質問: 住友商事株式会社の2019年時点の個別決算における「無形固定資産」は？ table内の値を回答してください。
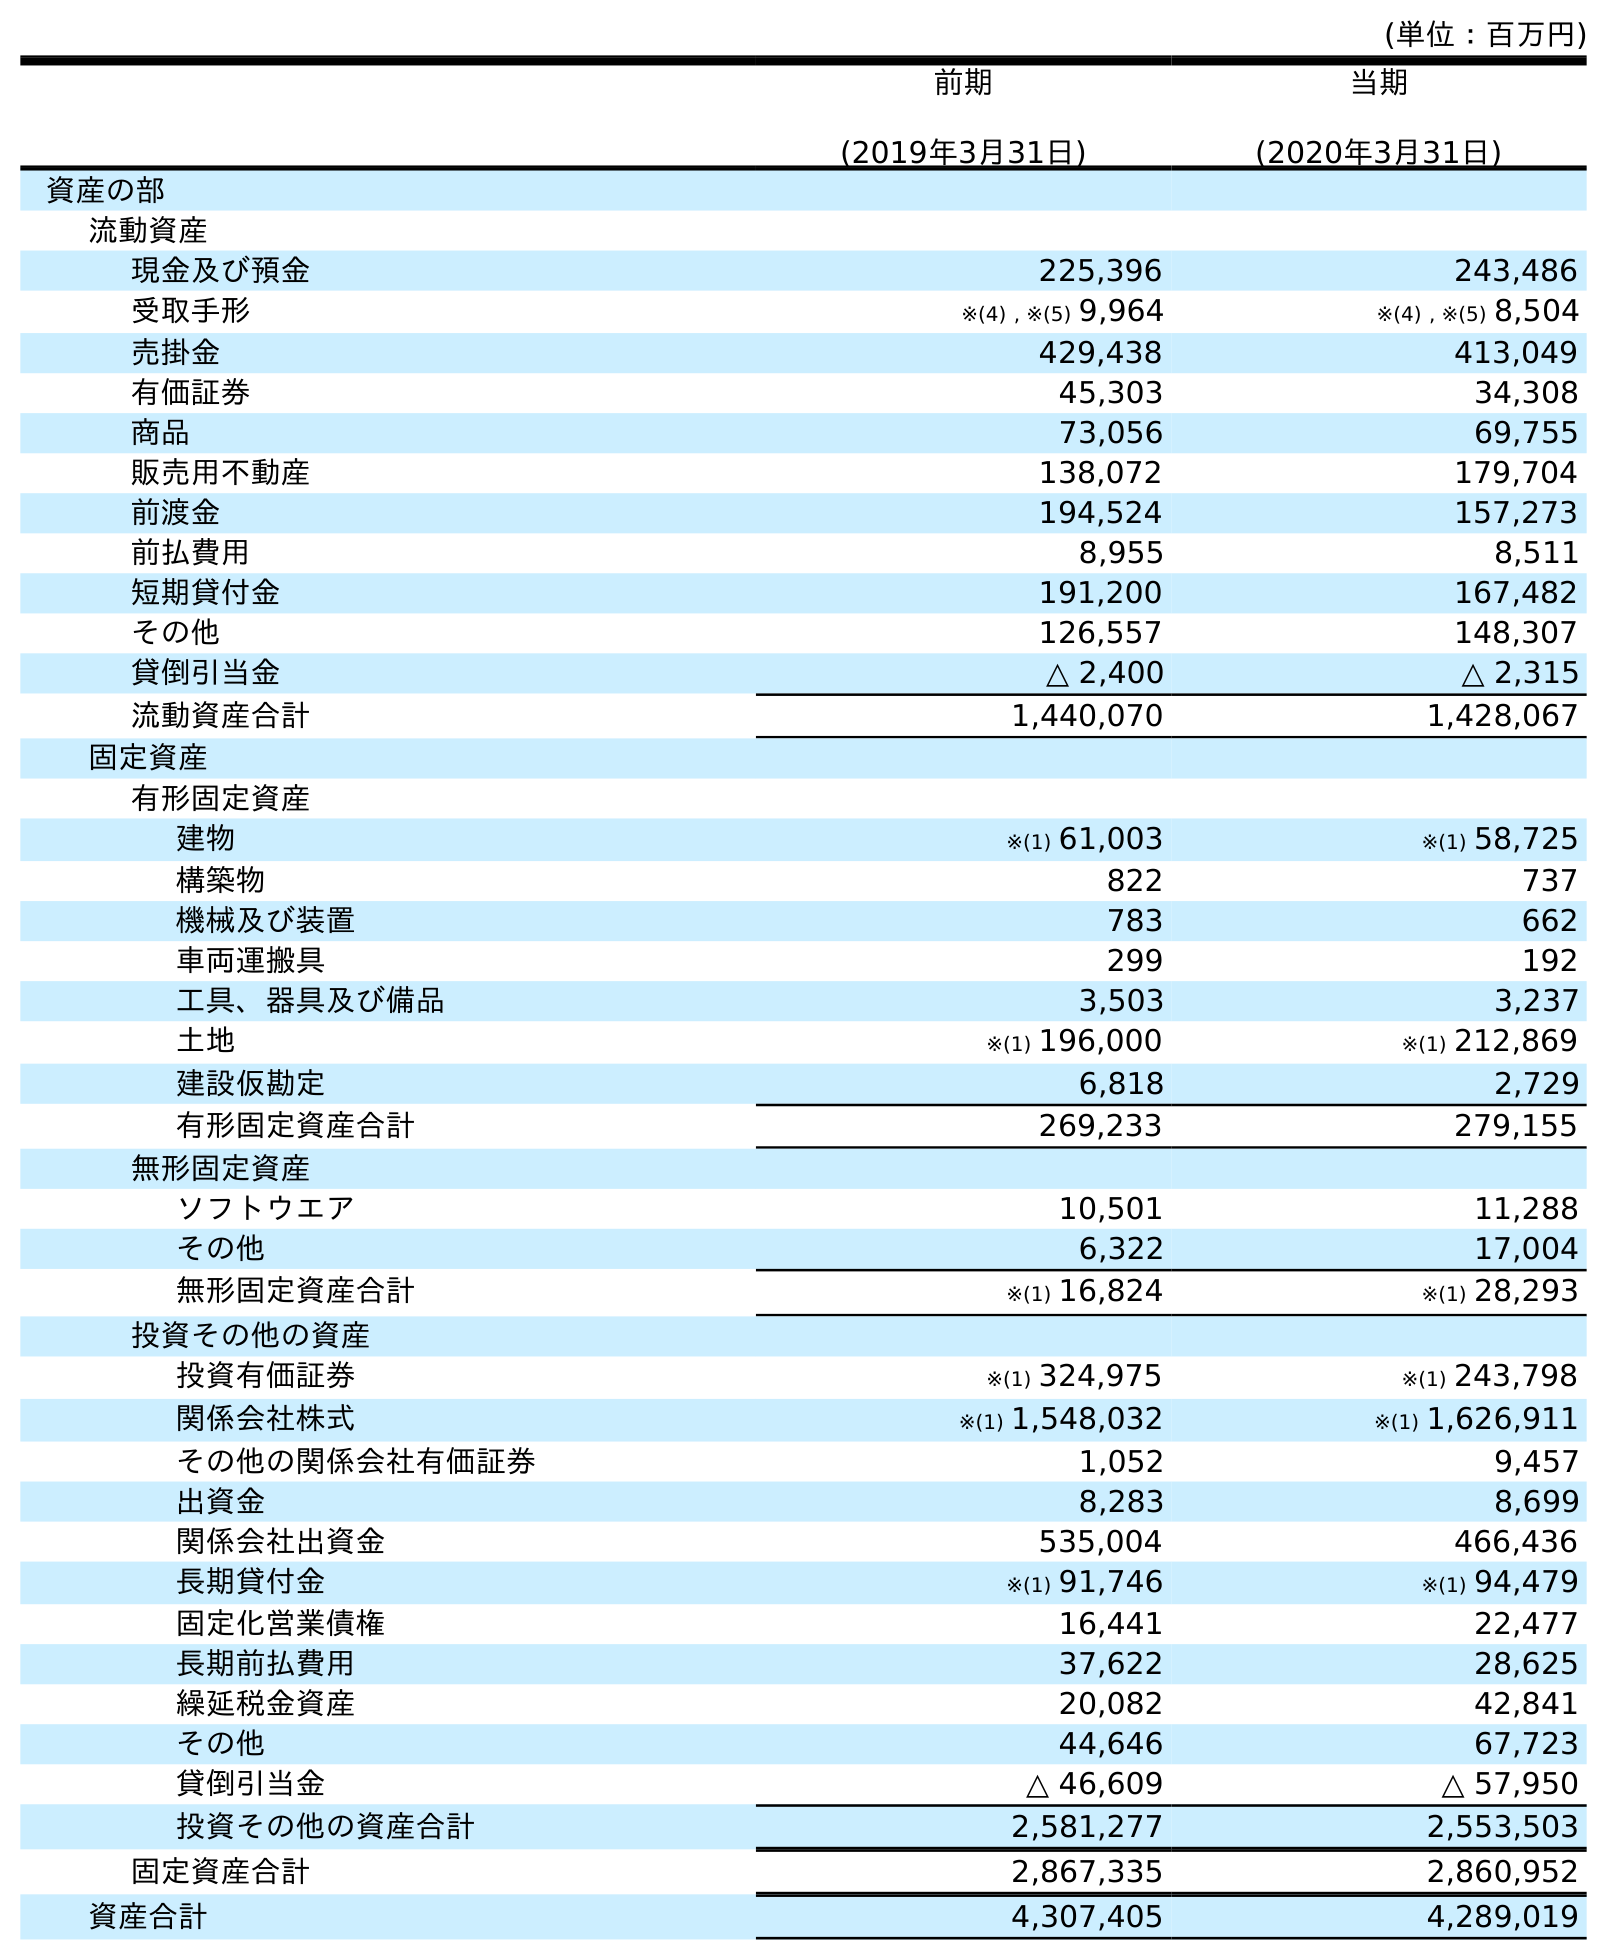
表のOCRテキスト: (単位：百万円) 前期 (2019年3月31日) 当期 (2020年3月31日) 資産の部 流動資産 現金及び預金 225,396 243,486 受取手形 ※(4) , ※(5) 9,964 ※(4) , ※(5) 8,504 売掛金 429,438 413,049 有価証券 45,303 34,308 商品 73,056 69,755 販売用不動産 138,072 179,704 前渡金 194,524 157,273 前払費用 8,955 8,511 短期貸付金 191,200 167,482 その他 126,557 148,307 貸倒引当金 △ 2,400 △ 2,315 流動資産合計 1,440,070 1,428,067 固定資産 有形固定資産 建物 ※(1) 61,003 ※(1) 58,725 構築物 822 737 機械及び装置 783 662 車両運搬具 299 192 工具、器具及び備品 3,503 3,237 土地 ※(1) 196,000 ※(1) 212,869 建設仮勘定 6,818 2,729 有形固定資産合計 269,233 279,155 無形固定資産 ソフトウエア 10,501 11,288 その他 6,322 17,004 無形固定資産合計 ※(1) 16,824 ※(1) 28,293 投資その他の資産 投資有価証券 ※(1) 324,975 ※(1) 243,798 関係会社株式 ※(1) 1,548,032 ※(1) 1,626,911 その他の関係会社有価証券 1,052 9,457 出資金 8,283 8,699 関係会社出資金 535,004 466,436 長期貸付金 ※(1) 91,746 ※(1) 94,479 固定化営業債権 16,441 22,477 長期前払費用 37,622 28,625 繰延税金資産 20,082 42,841 その他 44,646 67,723 貸倒引当金 △ 46,609 △ 57,950 投資その他の資産合計 2,581,277 2,553,503 固定資産合計 2,867,335 2,860,952 資産合計 4,307,405 4,289,019
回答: ※(1)16,824